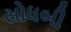
સોધબી